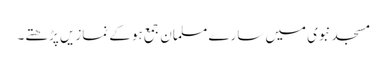
مسجد نبوی میں سارے مسلمان جمع ہوکے نمازیں پڑھتے۔